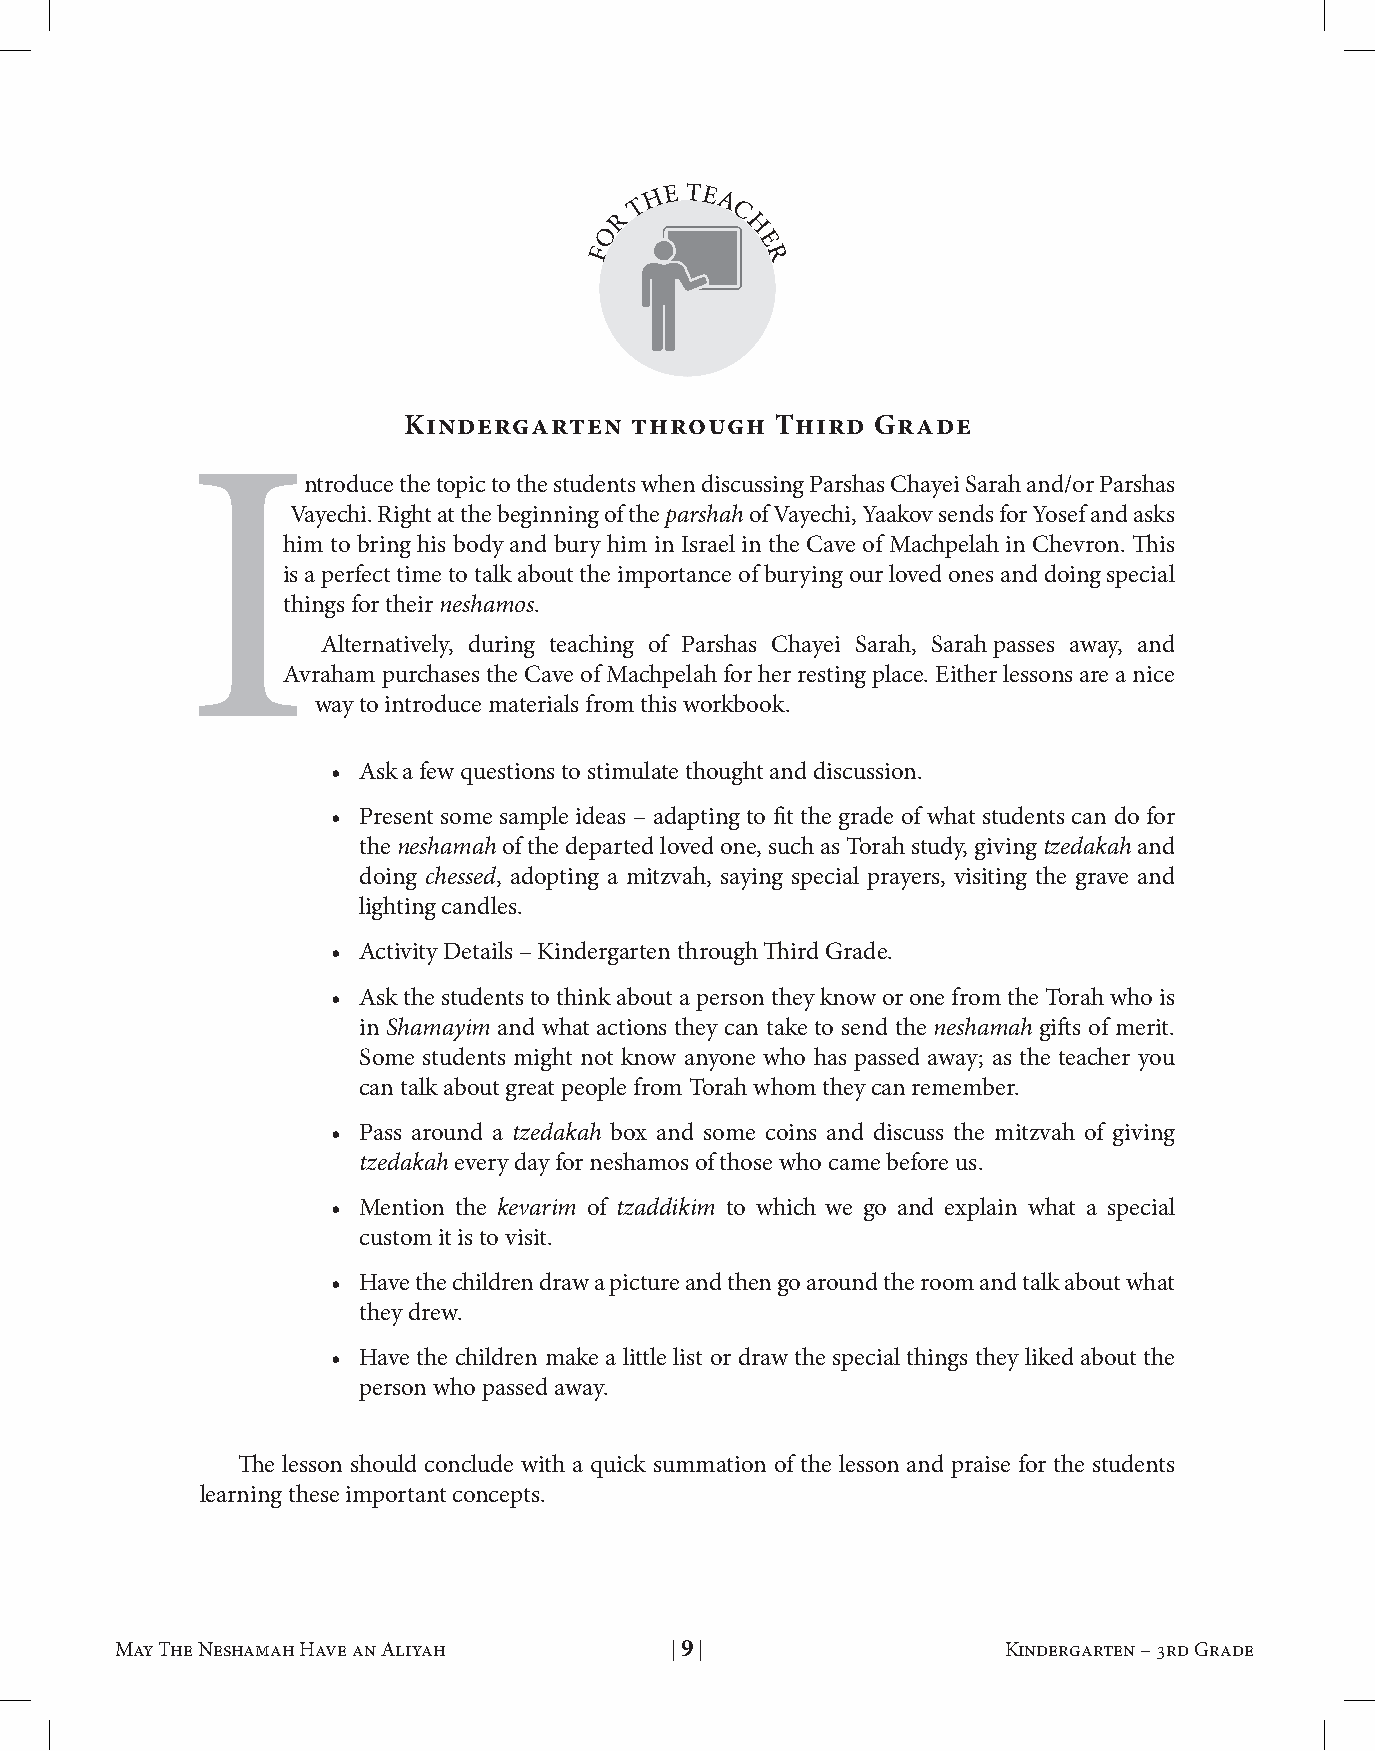
h e te
 t    a
 r      c
 o        h
 F          e
 r
 Kindergarten   through  Third  Grade
 Introduce     the topic to the students when discussing Parshas Chayei Sarah and/or Parshas
 Vayechi. Right at the beginning of the parshah of Vayechi, Yaakov sends for Yosef and asks
 him to bring his body and bury him in Israel in the Cave of Machpelah in Chevron. This
 is a perfect time to talk about the importance of burying our loved ones and doing special
 things for their neshamos.
 Alternatively, during teaching of Parshas Chayei Sarah, Sarah passes away, and
 Avraham purchases the Cave of Machpelah for her resting place. Either lessons are a nice
 way to introduce materials from this workbook.
 • Ask a few questions to stimulate thought and discussion.
 • Present some sample ideas – adapting to fit the grade of what students can do for
 the neshamah of the departed loved one, such as Torah study, giving tzedakah and
 doing chessed, adopting a mitzvah, saying special prayers, visiting the grave and
 lighting candles.
 • Activity Details – Kindergarten through Third Grade.
 • Ask the students to think about a person they know or one from the Torah who is
 in Shamayim and what actions they can take to send the neshamah gifts of merit.
 Some students might not know anyone who has passed away; as the teacher you
 can talk about great people from Torah whom they can remember.
 • Pass around a tzedakah box and some coins and discuss the mitzvah of giving
 tzedakah every day for neshamos of those who came before us.
 • Mention the kevarim of tzaddikim to which we go and explain what a special
 custom it is to visit.
 • Have the children draw a picture and then go around the room and talk about what
 they drew.
 • Have the children make a little list or draw the special things they liked about the
 person who passed away.
 The lesson should conclude with a quick summation of the lesson and praise for the students
 learning these important concepts.
 May The Neshamah Have an Aliyah     | 9 |                  Kindergarten – 3rd Grade May The Neshamah Have an Aliyah     | 10 |                 Kindergarten – 3rd Grade